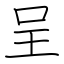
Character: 呈